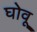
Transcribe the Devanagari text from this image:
घोवू